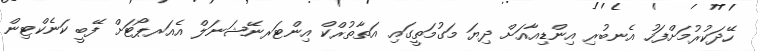
ހޭދަކުރުމަށްފަހު އެނބުރި އިންޑިއާއަށް ދިޔަ މަގުމަތީގައި އަތާތުރްކް އިންޓަރނޭޝަނަލް އެއަރޕޯޓަށް ފޭބީ ކަނެކްޓިން